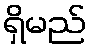
ရှိမည်